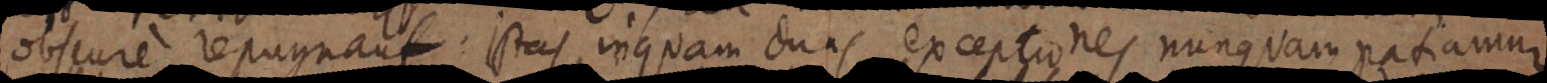
obscure repugnant: istas inquam duas exceptiones nunquam patiamur